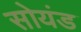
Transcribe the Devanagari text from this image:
सोयंड